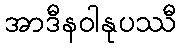
အာဒီနဝါနုပဿီ